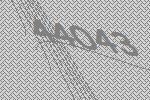
44043